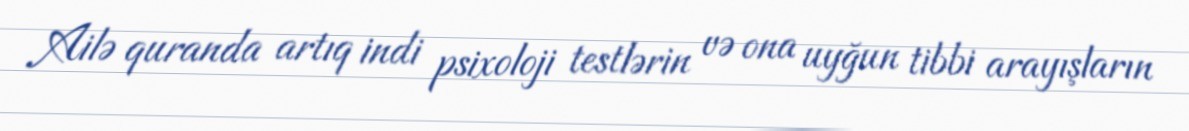
Ailə quranda artıq indi psixoloji testlərin və ona uyğun tibbi arayışların